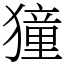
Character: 獞